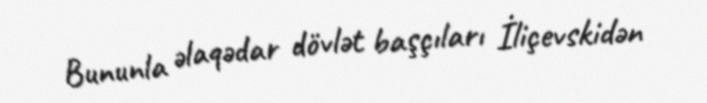
Bununla əlaqədar dövlət başçıları İliçevskidən